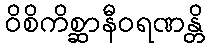
ဝိစိကိစ္ဆာနီဝရဏန္တိ